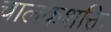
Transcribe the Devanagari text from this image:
चालकशक्ति